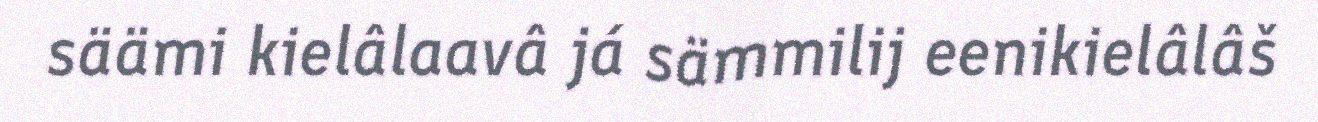
säämi kielâlaavâ já sämmilij eenikielâlâš